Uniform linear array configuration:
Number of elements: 16
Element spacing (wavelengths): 0.25
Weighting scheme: cosine
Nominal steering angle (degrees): -15
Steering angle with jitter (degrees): -13.748
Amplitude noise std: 0.05
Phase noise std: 0.05

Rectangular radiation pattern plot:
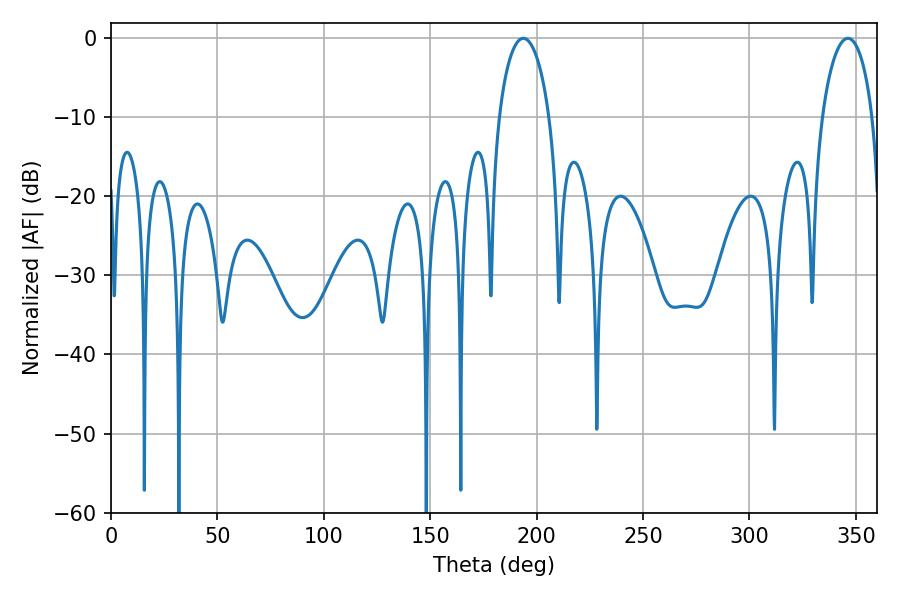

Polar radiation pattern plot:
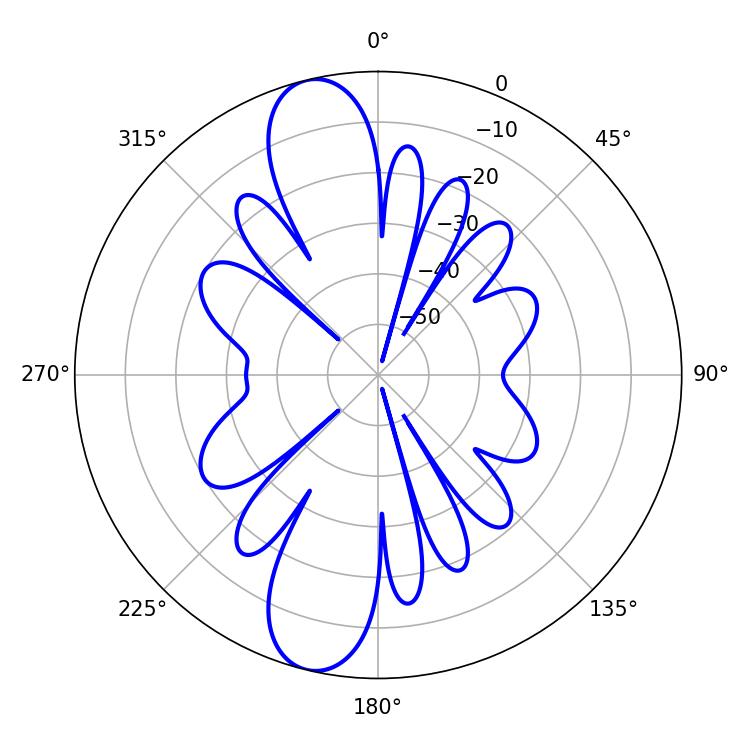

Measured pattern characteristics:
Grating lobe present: FALSE
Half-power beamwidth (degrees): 13.68
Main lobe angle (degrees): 193.68